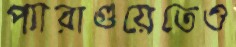
প্যারাগুয়েতেও